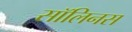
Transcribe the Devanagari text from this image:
सॉलिनस